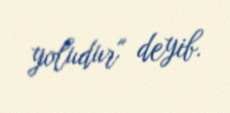
yoludur" deyib.